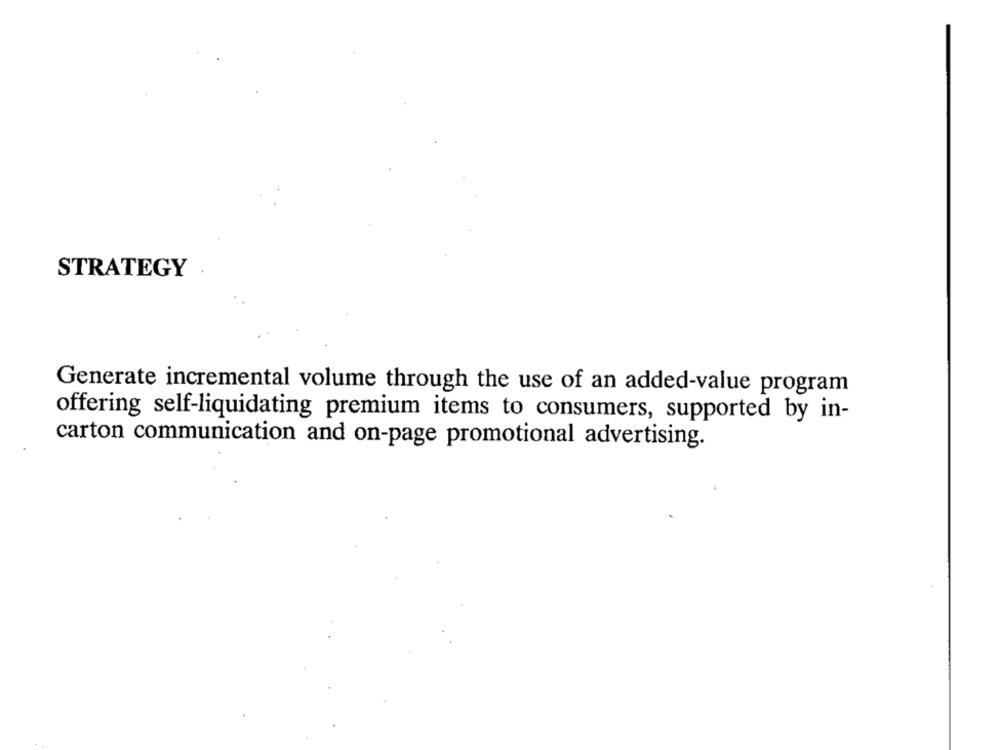
STRATEGY
Generate incremental volume through the use of an added-value program
offering self-liquidating premium items to consumers, supported by in-
carton communication and on-page promotional advertising.